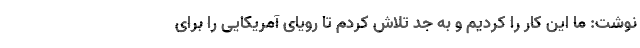
نوشت: ما این کار را کردیم و به جد تلاش کردم تا رویای آمریکایی را برای